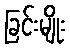
ခြင်းမျိုး